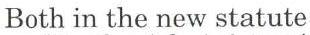
Both in the new statute